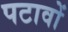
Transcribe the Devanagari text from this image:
पटावों